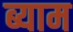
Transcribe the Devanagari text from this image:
ब्याम